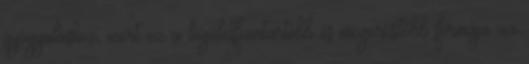
gyógyuláshoz, mert ez a legéletfenntartóbb és megerősítőbb formája az